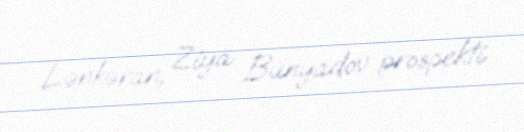
Lənkəran, Ziya Bünyadov prospekti